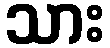
သား